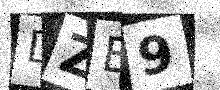
Text: DZB9